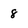
Character: 8